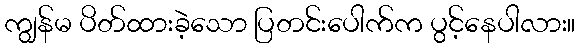
ကျွန်မ ပိတ်ထားခဲ့သော ပြတင်းပေါက်က ပွင့်နေပါလား။